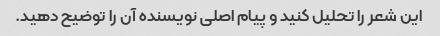
این شعر را تحلیل کنید و پیام اصلی نویسنده آن را توضیح دهید.